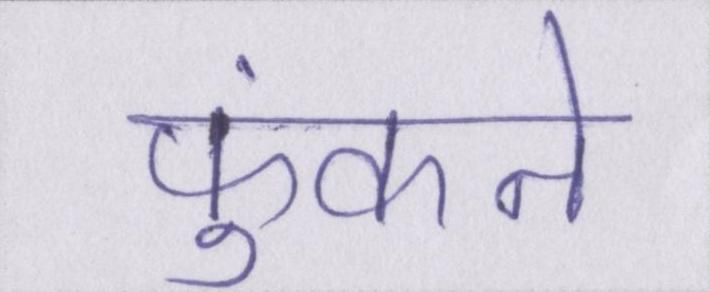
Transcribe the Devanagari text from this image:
फुंकने